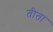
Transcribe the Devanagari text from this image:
तीता